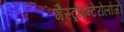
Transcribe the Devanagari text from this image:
गैस्ट्रोइन्टेरोलोजी